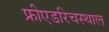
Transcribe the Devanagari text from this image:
फ्रीएडरिचस्थाल